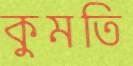
কুমতি